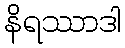
နိရဿာဒါ